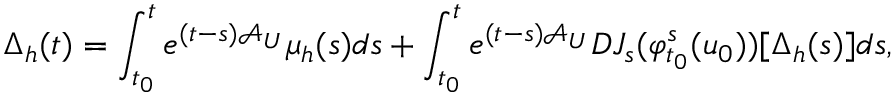
\Delta _ { h } ( t ) = \int _ { t _ { 0 } } ^ { t } e ^ { ( t - s ) \mathcal { A } _ { U } } \mu _ { h } ( s ) d s + \int _ { t _ { 0 } } ^ { t } e ^ { ( t - s ) \mathcal { A } _ { U } } D J _ { s } ( \varphi _ { t _ { 0 } } ^ { s } ( u _ { 0 } ) ) [ \Delta _ { h } ( s ) ] d s ,